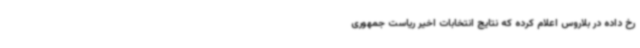
رخ داده در بلاروس اعلام کرده که نتایج انتخابات اخیر ریاست جمهوری